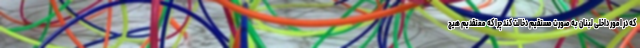
که در امور داخلی لبنان به صورت مستقیم دخالت کند چرا که معتقدیم هیچ